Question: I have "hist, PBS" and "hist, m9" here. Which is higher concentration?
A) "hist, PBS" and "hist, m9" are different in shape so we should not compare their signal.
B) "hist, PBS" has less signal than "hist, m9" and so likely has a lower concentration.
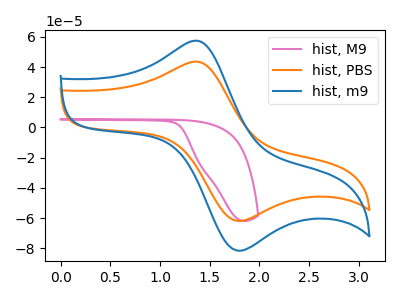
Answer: <think>The pink curve "hist, M9" has no peaks. The orange curve "hist, PBS" has an anodic peak at (1.40V, 43.50uA) and a cathodic peak at (1.80V, -62.00uA). The blue curve "hist, m9" has an anodic peak at (1.40V, 57.35uA) and a cathodic peak at (1.80V, -81.70uA).
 All the peaks in "hist, PBS" have a peak in "hist, m9" at the same potential. Every peak in "hist, PBS" is lower than every peak in "hist, m9".</think>
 <answer>B) "hist, PBS" has less signal than "hist, m9" and so likely has a lower concentration.</answer>
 <eval>B</eval>